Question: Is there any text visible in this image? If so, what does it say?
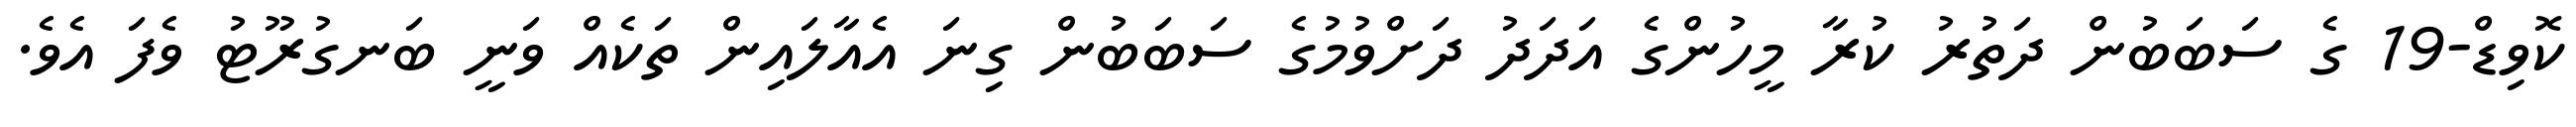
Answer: ކޮވިޑް-19 ގެ ސަބަބުން ދަތުރު ކުރާ މީހުންގެ އަދަދު ދަށްވުމުގެ ސަބަބުން ގިނަ އެއާލައިން ތަކެއް ވަނީ ބަނގުރޫޓު ވެފަ އެވެ.